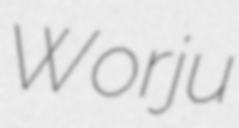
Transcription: Worju